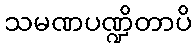
သမဏပဏ္ဍိတာပိ